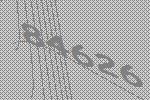
84626